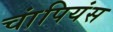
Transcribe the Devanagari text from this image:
चांपियंस